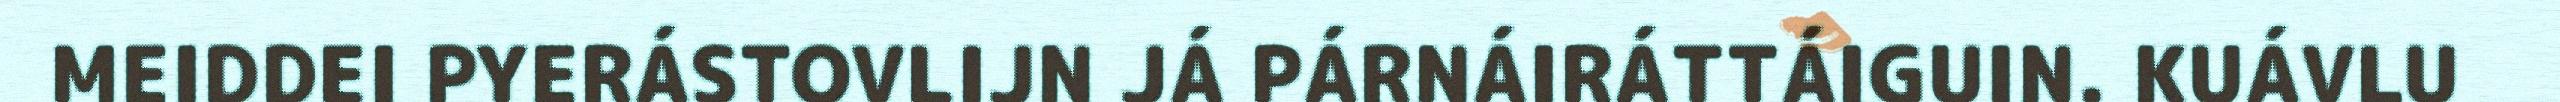
MEIDDEI PYERÁSTOVLIJN JÁ PÁRNÁIRÁTTÁIGUIN. KUÁVLU